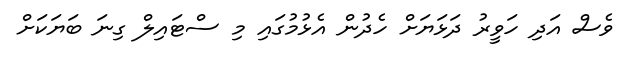
ވެސް އަދި ހަވީރު ދަޅަޔަށް ހެދުން އެޅުމުގައި މި ސްޓައިލް ގިނަ ބަޔަކަށް